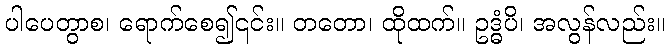
ပါပေတွာစ၊ ရောက်စေ၍၎င်း။ တတော၊ ထိုထက်။ ဥဒ္ဓံပိ၊ အလွန်လည်း။